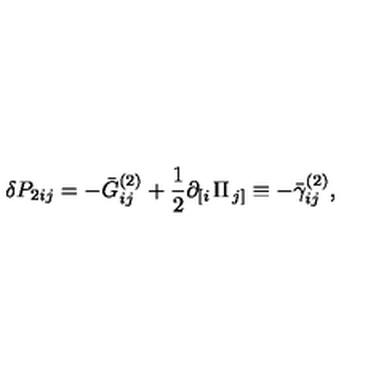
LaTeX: \delta P _ { 2 i j } = - \bar { G } _ { i j } ^ { ( 2 ) } + \frac 1 2 \partial _ { \left[ i \right. } \Pi _ { \left. j \right] } \equiv - \bar { \gamma } _ { i j } ^ { ( 2 ) } ,